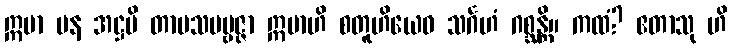
ဣမာ ပန အဋ္ဌပိ တာပသပဗ္ဗဇ္ဇာ ဣမာဟိ စတူဟိယေဝ သင်္ဂဟံ ဂစ္ဆန္တိ။ ကထံ? ဧတာသု ဟိ